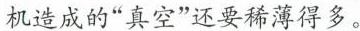
机造成的”真空”还要稀薄得多。